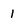
Character: 1